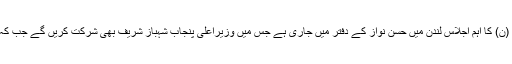
تفصیلات کے مطابق سابق وزیراعظم نواز شریف کی زیر صدارت مسلم لیگ (ن) کا اہم اجلاس لندن میں حسن نواز کے دفتر میں جاری ہے جس میں وزیراعلیٰ پنجاب شہباز شریف بھی شرکت کریں گے جب کہ پارٹی کے اہم رہنما اور خاندان کے قابل اعتماد رفقاء اجلاس میں موجود ہیں۔